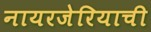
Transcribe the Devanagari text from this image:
नायरजेरियाची